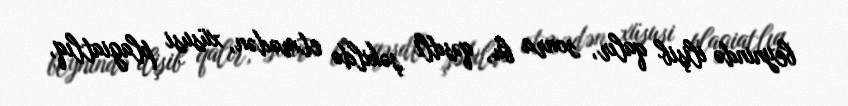
beynində ilişib qalır, sonra bu, qəsdli şəkildə etmədən, xüsusi plagiatlıq,